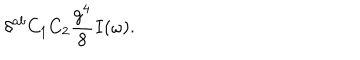
\delta ^ { a b } C _ { 1 } C _ { 2 } { \frac { g ^ { 4 } } { 8 } } I ( \omega ) .